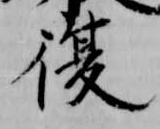
復